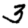
Digit: 3